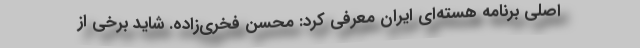
اصلی برنامه هسته‌ای ایران معرفی کرد: محسن فخری‌زاده. شاید برخی از